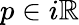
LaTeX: p\in i\mathbb{R}